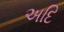
અદિ